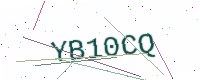
Text: YB10CQ